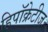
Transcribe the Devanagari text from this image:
हिपॉक्रेटीज